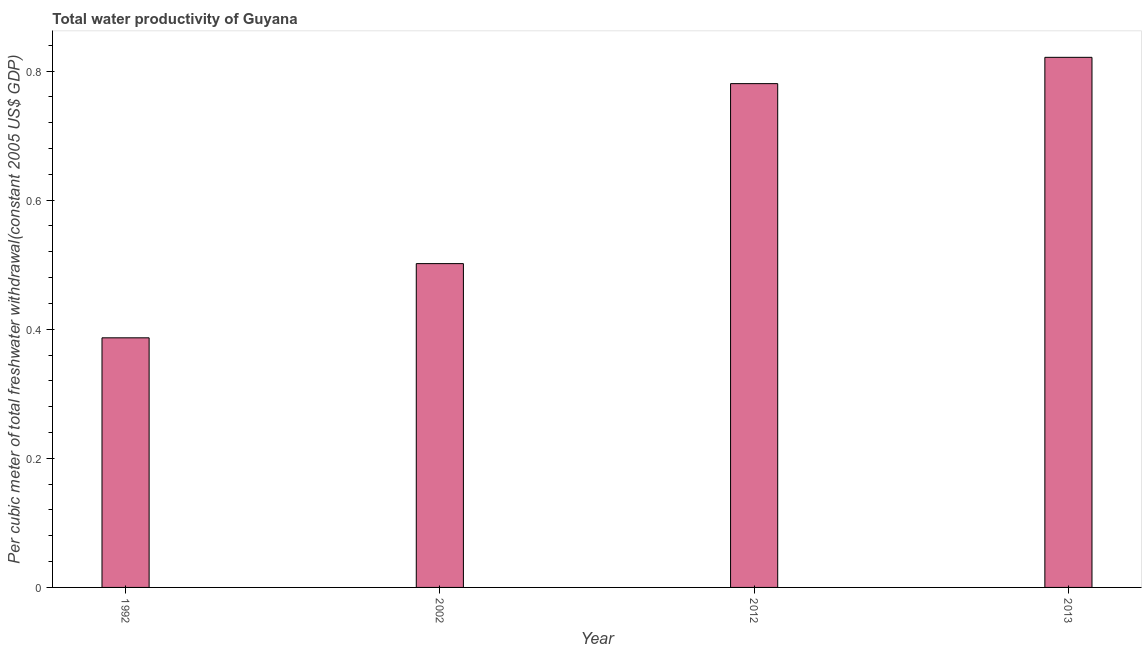
| Year | Water productivity |
 | --- | --- |
 | 1992 | 0.387 |
 | 2002 | 0.502 |
 | 2012 | 0.781 |
 | 2013 | 0.821 |